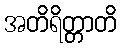
အတိရိတ္တာတိ